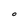
Character: O